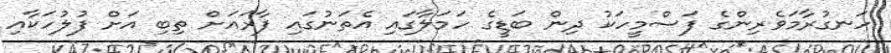
ހަނގުރާމަވެރިންގެ ފަސްމީހަކު ދިން ބަޑީގެ ހަމަލާގައި އެތަނުގައި ފާރައަށް ތިބި އަށް ފުލުހަކާއި